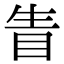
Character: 眚